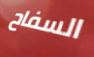
السفاح